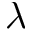
\lambda